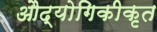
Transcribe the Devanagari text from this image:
औद्योगिकीकृत